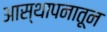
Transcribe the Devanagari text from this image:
आस्थापनातून